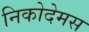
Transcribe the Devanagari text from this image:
निकोदेमस